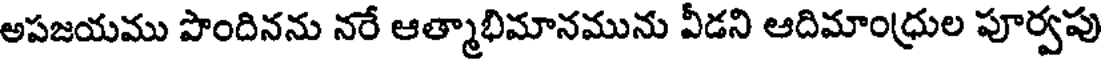
అపజయము పొందినను నరే ఆత్మాభిమానమును వీడని ఆదిమాం(ధ్రుల పూర్వపు